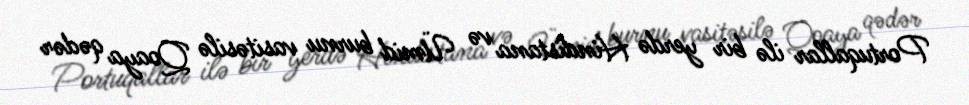
Portuqallar ilə bir yerdə Hindistana və Ümid burnu vasitəsilə Qoaya qədər